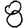
Digit: 8